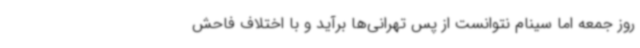
روز جمعه اما سینام نتوانست از پس تهرانی‌ها برآید و با اختلاف فاحش